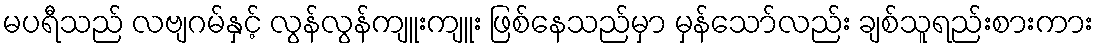
မပရီသည် လဗျဂမ်နှင့် လွန်လွန်ကျူးကျူး ဖြစ်နေသည်မှာ မှန်သော်လည်း ချစ်သူရည်းစားကား